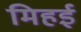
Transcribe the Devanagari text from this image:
मिहई